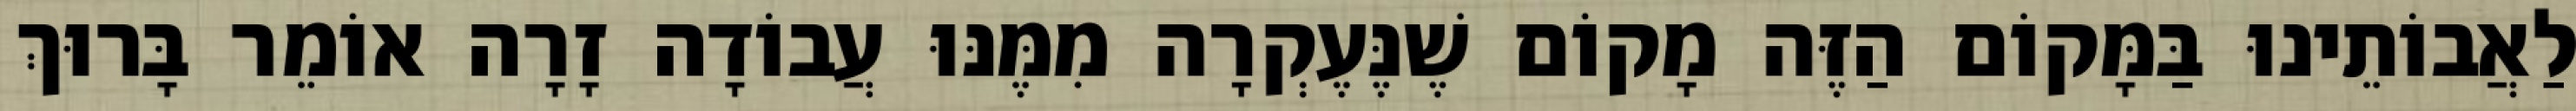
לַאֲבוֹתֵינוּ בַּמָּקוֹם הַזֶּה מָקוֹם שֶׁנֶּעֶקְרָה מִמֶּנּוּ עֲבוֹדָה זָרָה אוֹמֵר בָּרוּךְ